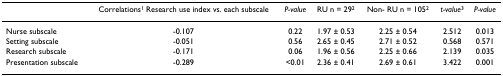
<table><thead><tr><td></td><td><b>Correlations<sup>1</sup> Research use index vs. each subscale</b></td><td><b><i>P-value</i></b></td><td><b>RU n = 29<sup>2</sup></b></td><td><b>Non- RUn = 105<sup>2</sup></b></td><td><b><i>t-value</i><sup>3</sup></b></td><td><b><i>P-value</i></b></td></tr></thead><tbody><tr><td>Nurse subscale</td><td>-0.107</td><td>0.22</td><td>1.97 ± 0.53</td><td>2.25 ± 0.54</td><td>2.512</td><td>0.013</td></tr><tr><td>Setting subscale</td><td>-0.051</td><td>0.56</td><td>2.65 ± 0.45</td><td>2.71 ± 0.52</td><td>0.568</td><td>0.571</td></tr><tr><td>Research subscale</td><td>-0.171</td><td>0.06</td><td>1.96 ± 0.56</td><td>2.25 ± 0.66</td><td>2.139</td><td>0.035</td></tr><tr><td>Presentation subscale</td><td>-0.289</td><td>&lt;0.01</td><td>2.36 ± 0.41</td><td>2.69 ± 0.61</td><td>3.422</td><td>0.001</td></tr></tbody></table>